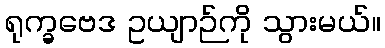
ရုက္ခဗေဒ ဥယျာဉ်ကို သွားမယ်။